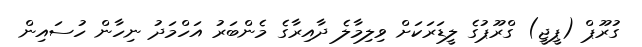
ގުރޫޕް (ޕީޖީ) ގްރޫޕުގެ ލީޑަރަކަށް ވިލިމާލެ ދާއިރާގެ މެންބަރު އަހްމަދު ނިހާން ހުސައިން